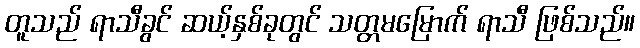
တူသည် ရာသီခွင် ဆယ့်နှစ်ခုတွင် သတ္တမမြောက် ရာသီ ဖြစ်သည်။